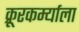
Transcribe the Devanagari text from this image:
क्रूरकर्म्याला